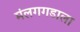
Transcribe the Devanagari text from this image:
मंलगगडाला